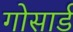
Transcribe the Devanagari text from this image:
गोसार्ड